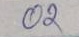
02